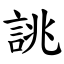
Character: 誂